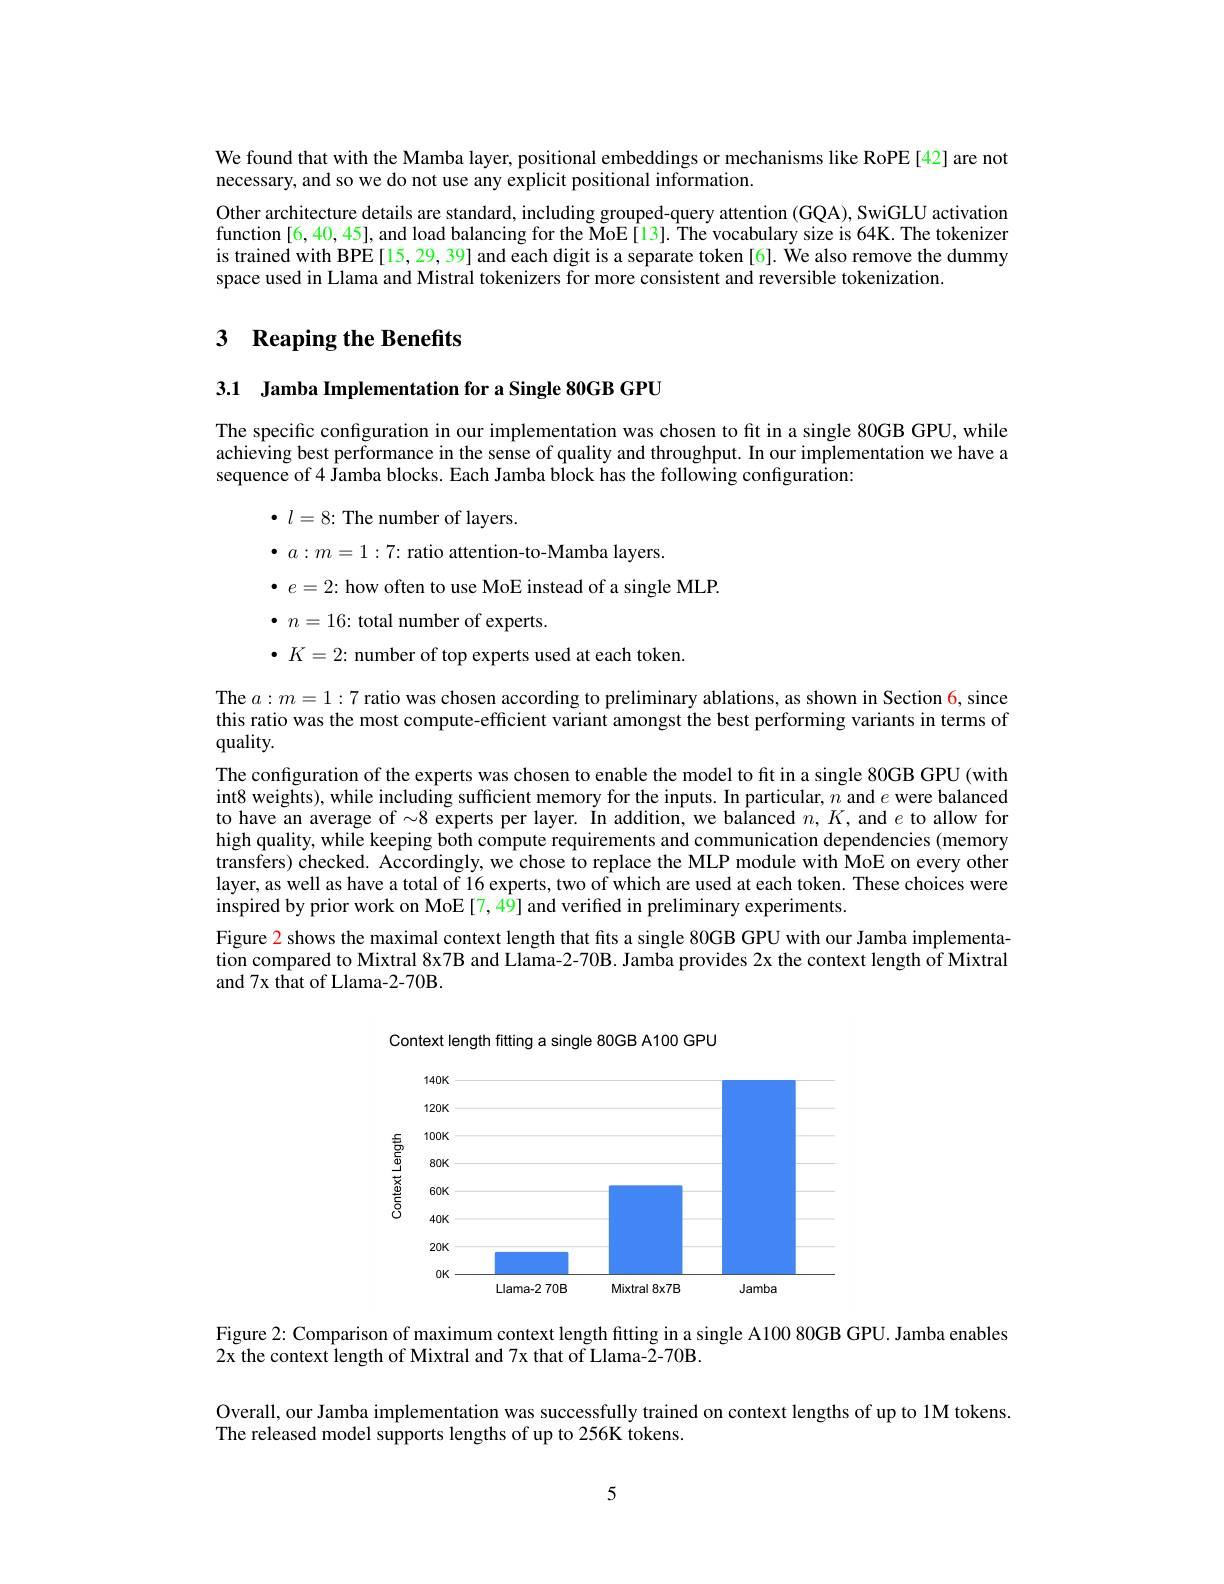
We found that with the Mamba layer, positional embeddings or mechanisms like RoPE [42] are not
necessary, and so we do not use any explicit positional information.
Other architecture details are standard, including grouped-query attention (GQA), SwiGLU activation function [6,40,45], and load balancing for the MoE[13]. The vocabulary size is 64K. The tokenizer is trained with BPE[15, 29, 39] and each digit is a separate token[6]. We also remove the dummy space used in Llama and Mistral tokenizers for more consistent and reversible tokenization.

# 3 Reaping the Benefits

3.1 Jamba Implementation for a Single 80GB GPU

The specific configuration in our implementation was chosen to fit in a single 80GB GPU, while achieving best performance in the sense of quality and throughput. In our implementation we have a sequence of 4 Jamba blocks. Each Jamba block has the following configuration:
$\bullet$ $l= 8:$ The number of layers.
$\bullet$ $a: m= 1: 7:$ratio attention-to-Mamba layers.
$\bullet$ $e= 2:$ how often to use MoE instead of a single MLP.
$\bullet$ $n= 16{: }$ total number of experts.
$\bullet K=2{:}$ number of top experts used at each token.
The $a:m=1:7$ ratio was chosen according to preliminary ablations, as shown in Section 6, since

this ratio was the most compute-efficient variant amongst the best performing variants in terms of
quality.
The configuration of the experts was chosen to enable the model to fit in a single 80GB GPU (with int8 weights), while including sufficient memory for the inputs. In particular, $n$ and $e$ were balanced to have an average of $\sim8$ experts per layer. In addition, we balanced $n,K$, and $e$ to allow for high quality, while keeping both compute requirements and communication dependencies (memory transfers) checked. Accordingly, we chose to replace the MLP module with MoE on every other layer, as well as have a total of 16 experts, two of which are used at each token. These choices were inspired by prior work on MoE[7,49] and verified in preliminary experiments.
Figure $\color{red}{2}$ shows the maximal context length that fits a single 80GB GPU with our Jamba implementation compared to Mixtral 8x7B and Llama-2-70B. Jamba provides 2x the context length of Mixtral and 7x that of Llama-2-70B.

<FigureHere>

Figure 2: Comparison of maximum context length fitting in a single A100 80GB GPU. Jamba enables
2x the context length of Mixtral and 7x that of Llama-2-70B.

Overall, our Jamba implementation was successfully trained on context lengths of up to 1M tokens.
The released model supports lengths of up to 256K tokens.

5